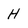
Character: H